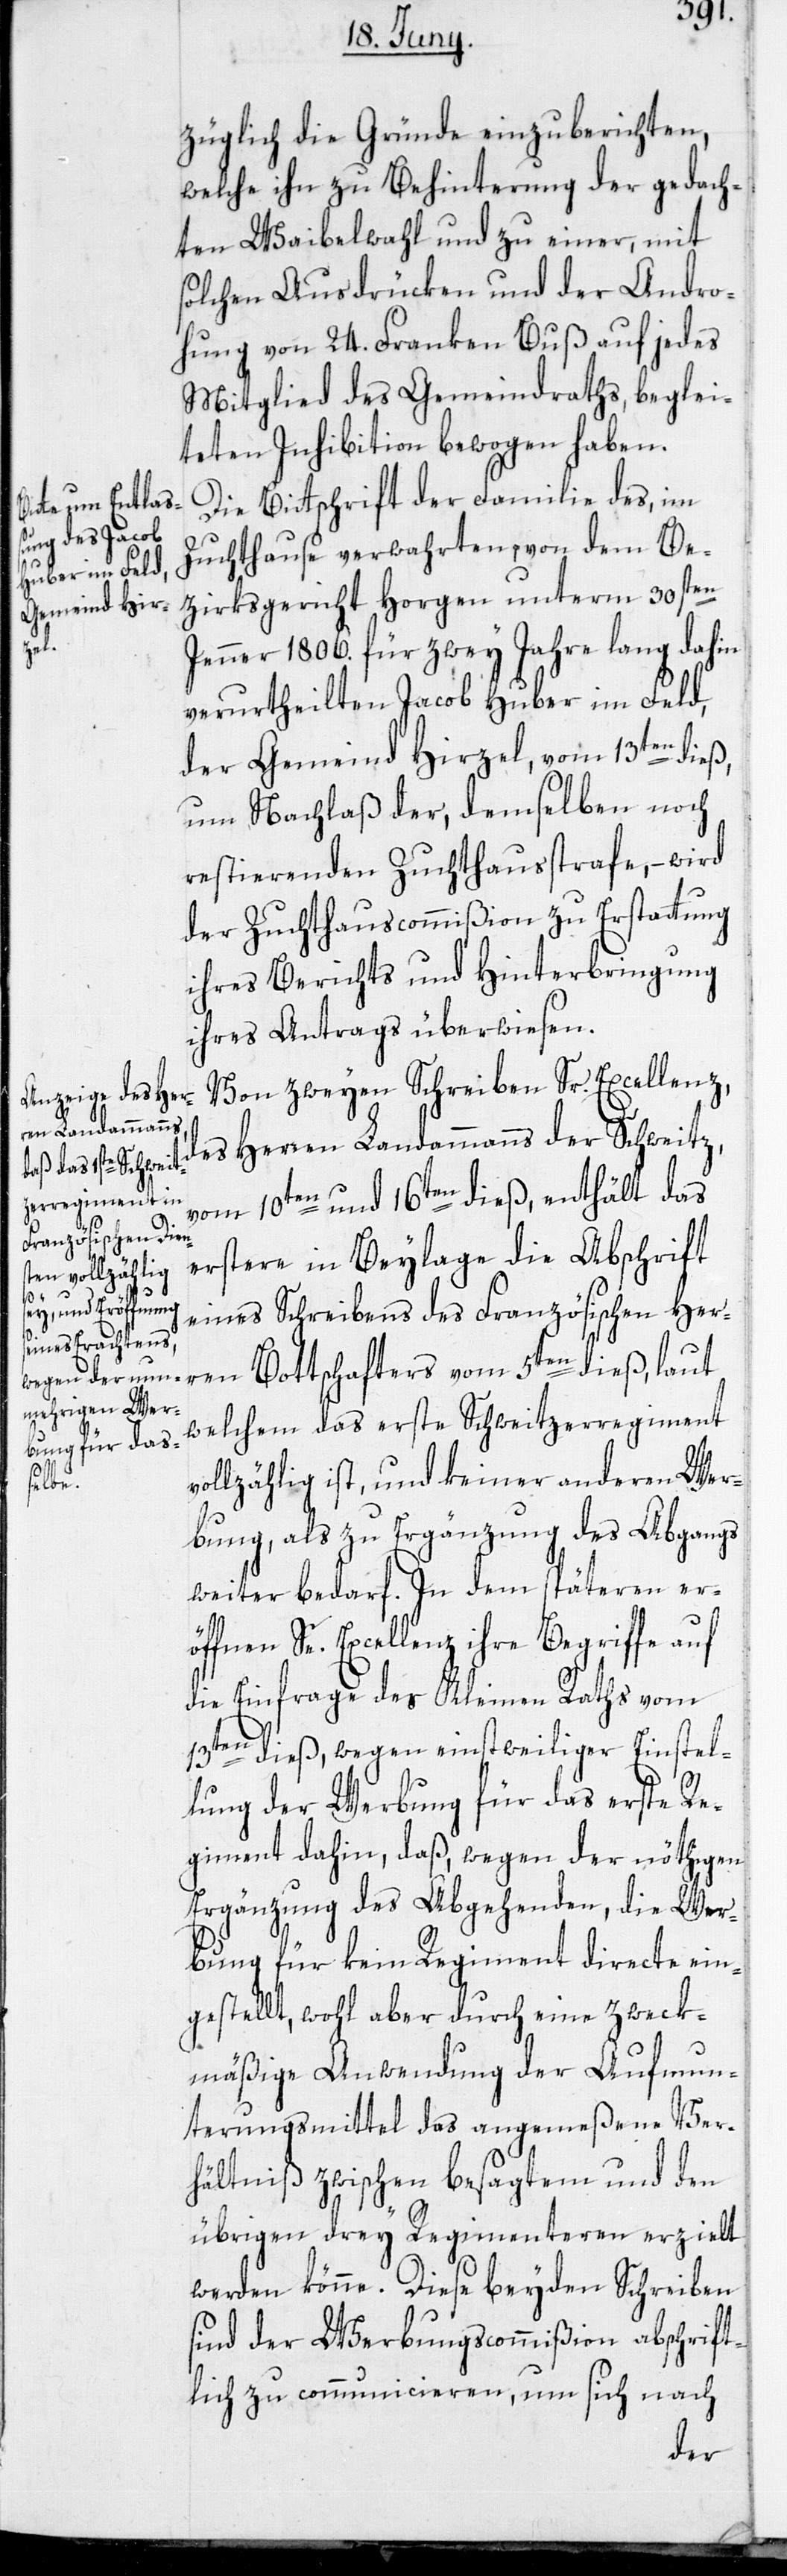
züglich die Gründe einzuberichten,
welche ihn zu Behinterung der gedach¬
ten Waibelwahl und zu einer, mit
solchen Ausdrücken und der Andro¬
hung von 24. Franken Buß auf jedes
Mitglied des Gemeindraths, beglei¬
teten Inhibition bewogen haben.
Die Bittschrift der Familie des, im
Zuchthause verwahrten, von dem Be¬
zirksgericht Horgen unterm 30sten
Jenner 1806. für zwey Jahre lang dahin
verurtheilten Jacob Huber im Feld,
der Gemeind Hirzel, vom 13ten dieß,
um Nachlaß der, demselben noch
restierenden Zuchthausstrafe, – wird
der Zuchthauscommißion zu Erstattung
ihres Berichts und Hinterbringung
ihres Antrags überwiesen.
Von zweyen Schreiben Sr. Excellenz,
des Herren Landammanns der Schweitz,
vom 10ten und 16ten dieß, enthält das
erstere in Beylage die Abschrift
eines Schreibens des Französischen Herr¬
en Bottschafters vom 5ten dieß, laut
welchem das erste Schweitzerregiment
v¬
ollzählig ist, und keiner anderen Wer¬
bung, als zu Ergänzung des Abgangs
weiter bedarf. In dem späteren er¬
öffnen Se. Excellenz ihre Begriffe auf
die Einfrage des Kleinen Raths vom
13ten dieß, wegen einstweiliger Einstel¬
lung der Werbung für das erste Re¬
giment dahin, daß, wegen der nöthigen
Ergänzung des Abgehenden, die Wer¬
bung für kein Regiment directe ein¬
gestellt, wohl aber durch eine zweck¬
mäßige Anwendung der Aufmun¬
terungsmittel das angemeßene Ver¬
hältniß zwischen besagtem und den
übrigen drey Regimenteren erzielt
werden könne. Diese beyden Schreiben
sind der Werbungscommißion abschrift¬
lich zu communicieren, um sich nach